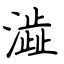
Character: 澁